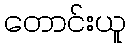
တောင်းယူ